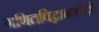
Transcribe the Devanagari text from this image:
गणितविद्वानांपैकी